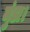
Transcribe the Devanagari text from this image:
मुंडा।